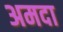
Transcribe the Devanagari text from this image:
अमदा